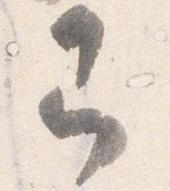
即